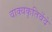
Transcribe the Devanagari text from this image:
वाक्यकृतिर्वेदे